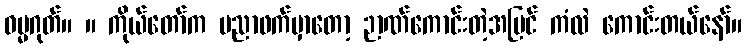
ဓမ္မဂုတ်။ ။ ကိုယ်တော်က ပညာဖက်မှာတော့ ဉာဏ်ကောင်းတဲ့အပြင် ကံလဲ ကောင်းတယ်နော်။